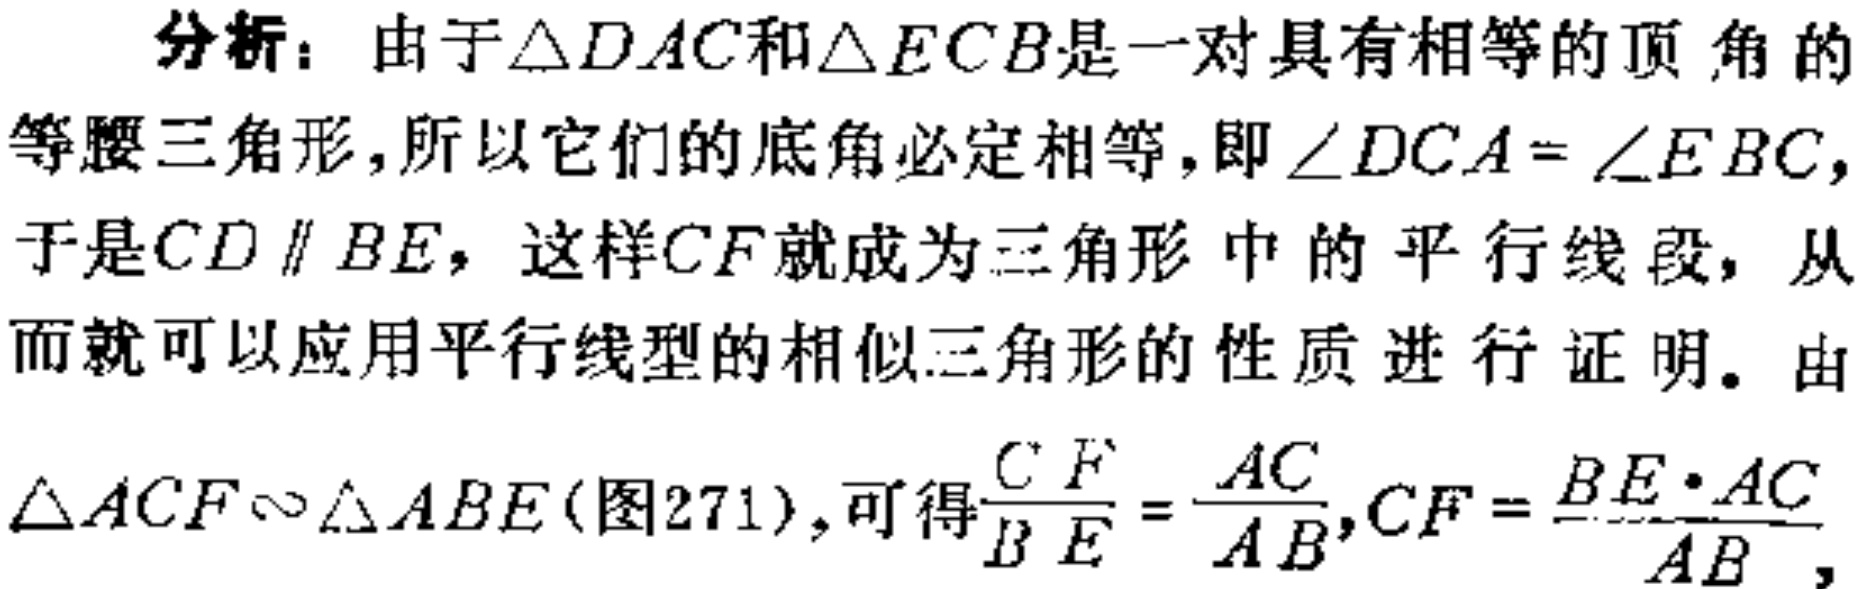
分析：由于\(\triangle DAC\)和\(\triangle ECB\)是一对具有相等的顶角的等腰三角形,所以它们的底角必定相等,即\(\angle DCA = \angle EBC,\)于是\(CD \parallel BE\)，这样\(CF\)就成为三角形中的平行线段，从而就可以应用平行线型的相似三角形的性质进行证明。由\(\triangle ACF\sim\triangle ABE\)(图271),可得\(\frac{CF}{BE}=\frac{AC}{AB},CF = \frac{BE\cdot AC}{AB}\)